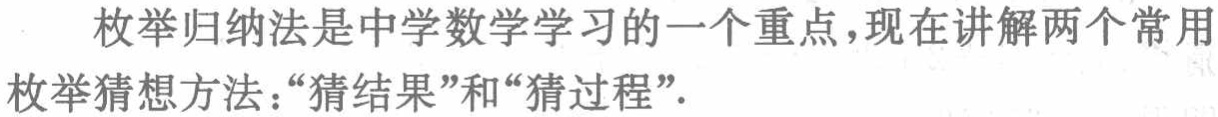
枚举归纳法是中学数学学习的一个重点，现在讲解两个常用枚举猜想方法：“猜结果”和“猜过程”.